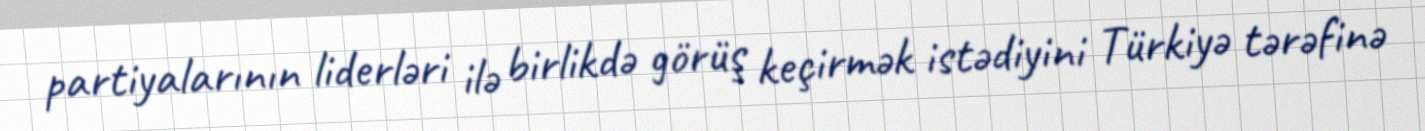
partiyalarının liderləri ilə birlikdə görüş keçirmək istədiyini Türkiyə tərəfinə